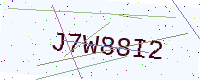
Text: J7W88I2